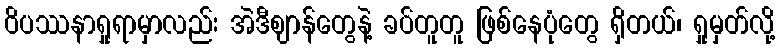
ဝိပဿနာရှုရာမှာလည်း အဲဒီဈာန်တွေနဲ့ ခပ်တူတူ ဖြစ်နေပုံတွေ ရှိတယ်၊ ရှုမှတ်လို့